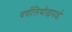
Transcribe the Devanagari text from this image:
वर्णलिथोछपाई